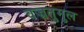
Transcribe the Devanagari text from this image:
वज्रतुमुल